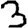
Digit: 3